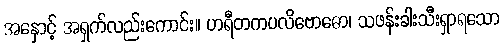
အနှောင့် အရှက်လည်းကောင်း။ ဟရီတကပလိဗောဓော၊ သဖန်းခါးသီးရှာရသော